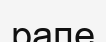
рапе